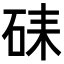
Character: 𥑶